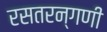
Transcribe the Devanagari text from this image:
रसतरन्गणी